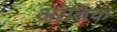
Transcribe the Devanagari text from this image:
आंतिक